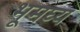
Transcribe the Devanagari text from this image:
भूमघ्य